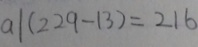
a \vert ( 2 2 9 - 1 3 ) = 2 1 6